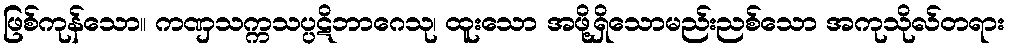
ဖြစ်ကုန်သော။ ကဏှသက္ကသပ္ပဋိဘာဂေသု၊ ထူးသော အဖို့ရှိသောမည်းညစ်သော အကုသိုလ်တရား